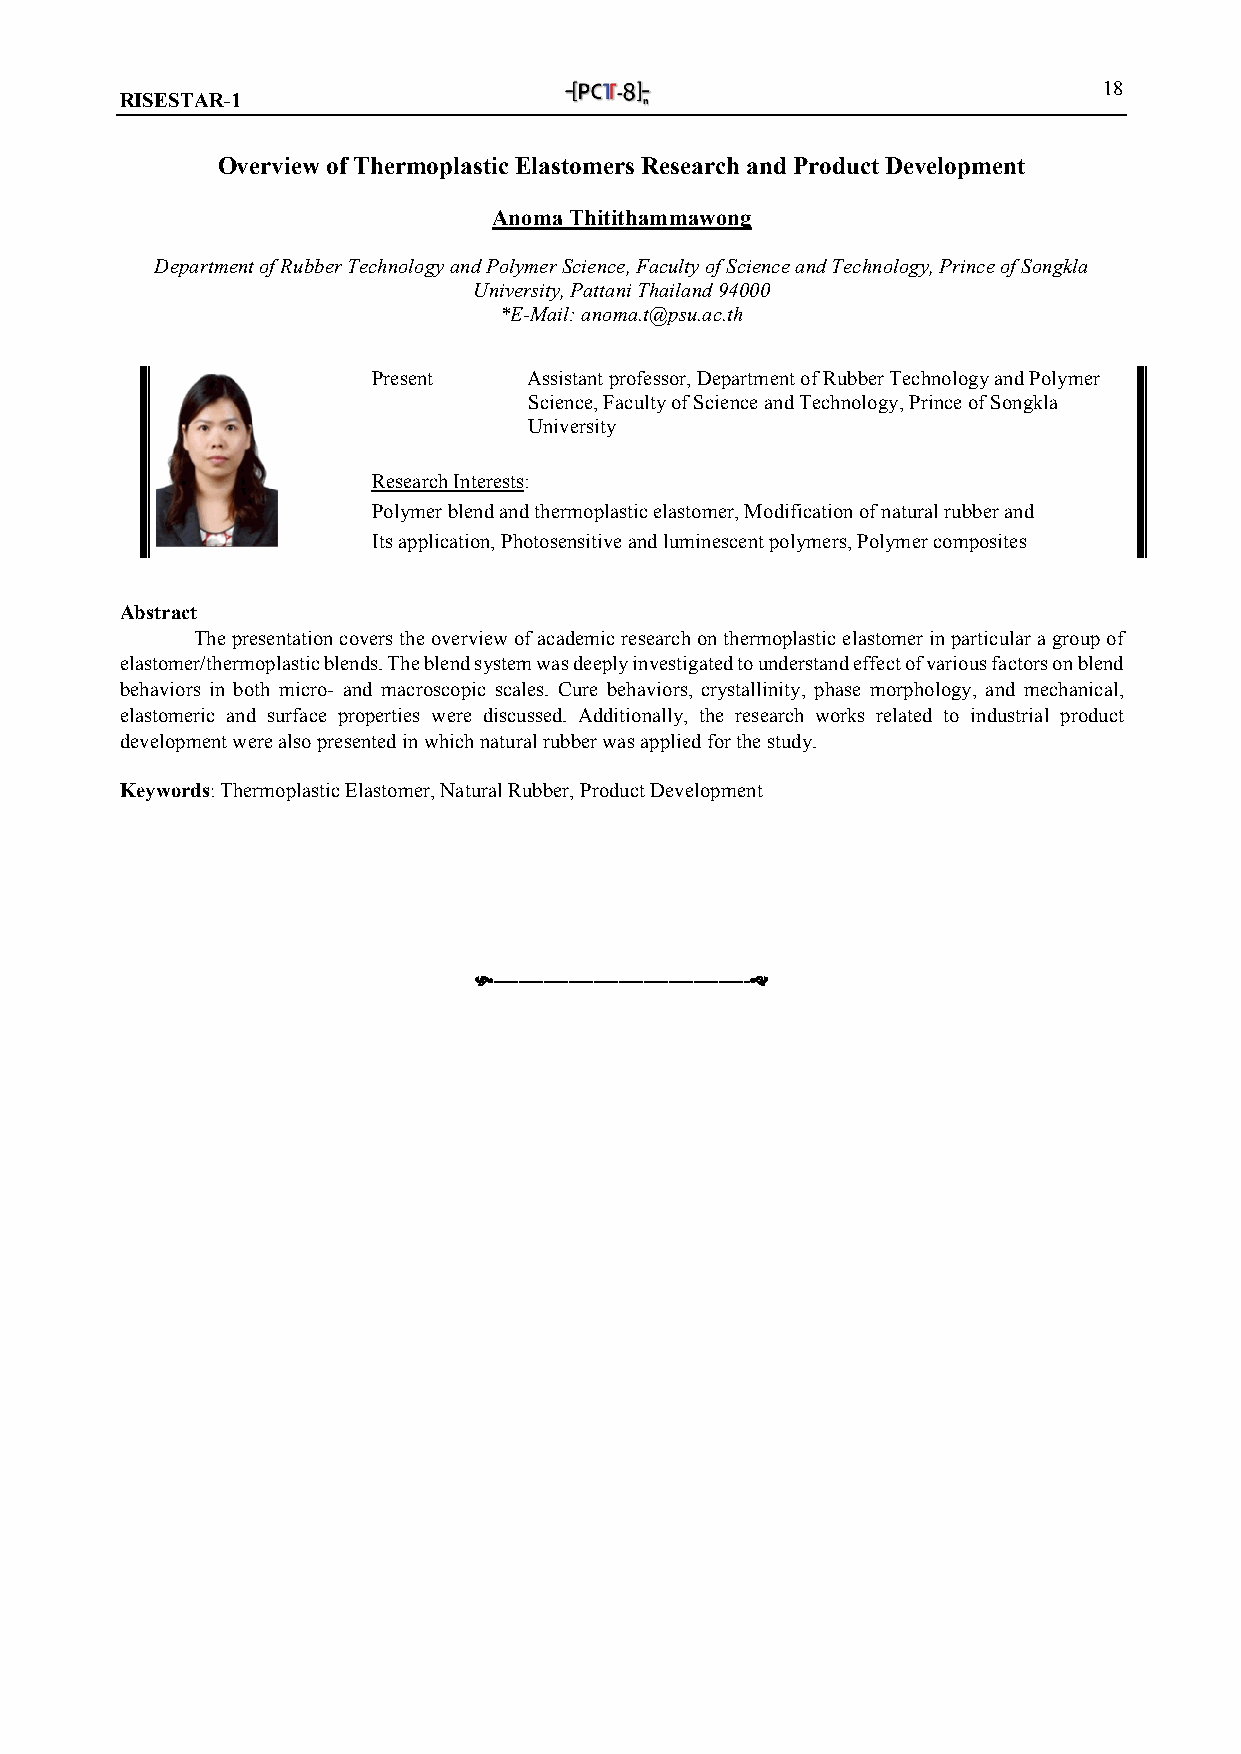
18
 RISESTAR-1
 Overview of Thermoplastic Elastomers Research and Product Development
 Anoma Thitithammawong
 Department of Rubber Technology and Polymer Science, Faculty of Science and Technology, Prince of Songkla
 University, Pattani Thailand 94000
 *E-Mail: anoma.t@psu.ac.th
 Present   Assistant professor, Department of Rubber Technology and Polymer
 Science, Faculty of Science and Technology, Prince of Songkla
 University
 Research Interests:
 Polymer blend and thermoplastic elastomer, Modification of natural rubber and
 Its application, Photosensitive and luminescent polymers, Polymer composites
 Abstract
 The presentation covers the overview of academic research on thermoplastic elastomer in particular a group of
 elastomer/thermoplastic blends. The blend system was deeply investigated to understand effect of various factors on blend
 behaviors in both micro- and macroscopic scales. Cure behaviors, crystallinity, phase morphology, and mechanical,
 elastomeric and surface properties were discussed. Additionally, the research works related to industrial product
 development were also presented in which natural rubber was applied for the study.
 Keywords: Thermoplastic Elastomer, Natural Rubber, Product Development
 -----------------------------------------